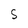
Character: S